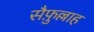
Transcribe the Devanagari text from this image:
सैफ़ुल्लाह